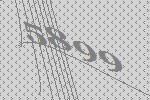
5899